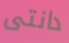
دانتى